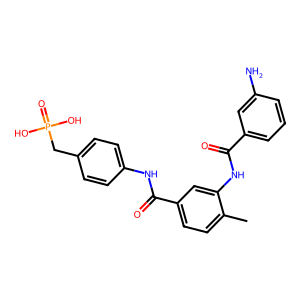
SMILES: Cc1ccc(C(=O)Nc2ccc(CP(=O)(O)O)cc2)cc1NC(=O)c1cccc(N)c1
Inhibits HIV replication: No